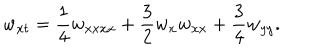
LaTeX: w _ { x t } = \frac { 1 } { 4 } w _ { x x x x } + \frac { 3 } { 2 } w _ { x } w _ { x x } + \frac { 3 } { 4 } w _ { y y } .